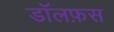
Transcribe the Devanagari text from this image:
डॉलफ़स